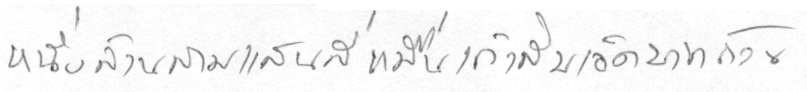
หนึ่งล้านสามแสนสี่หมื่นเก้าสิบเอ็ดบาทถ้วน